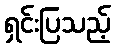
ရှင်းပြသည့်